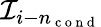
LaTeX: {\mathcal I}_{i-n_{\mathrm{~c~o~n~d~}}}